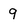
Character: 9